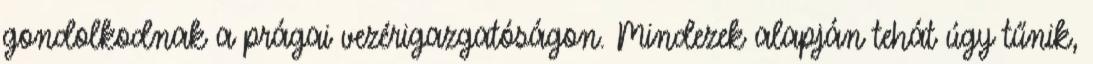
gondolkodnak a prágai vezérigazgatóságon. Mindezek alapján tehát úgy tűnik,